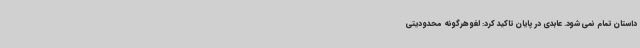
داستان تمام نمی شود. عابدی در پایان تاکید کرد: لغو هرگونه محدودیتی